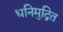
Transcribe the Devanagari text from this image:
धनिमुद्रित